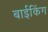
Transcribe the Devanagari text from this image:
बाईकिंग